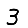
Digit: 3